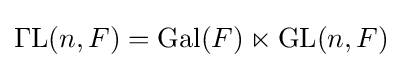
\operatorname {\Gamma L} (n,F)=\operatorname {Gal} (F)\ltimes \operatorname {GL} (n,F)